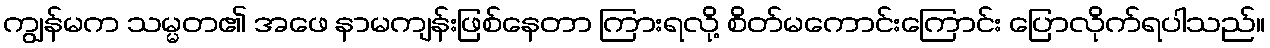
ကျွန်မက သမ္မတ၏ အဖေ နာမကျန်းဖြစ်နေတာ ကြားရလို့ စိတ်မကောင်းကြောင်း ပြောလိုက်ရပါသည်။